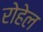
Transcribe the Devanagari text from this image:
रोहेल